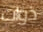
ذوات